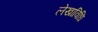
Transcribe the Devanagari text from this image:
लेखाविधि